Senior Leaving Certificate Examination (including Day School Certificate (Higher) General paper), 1949
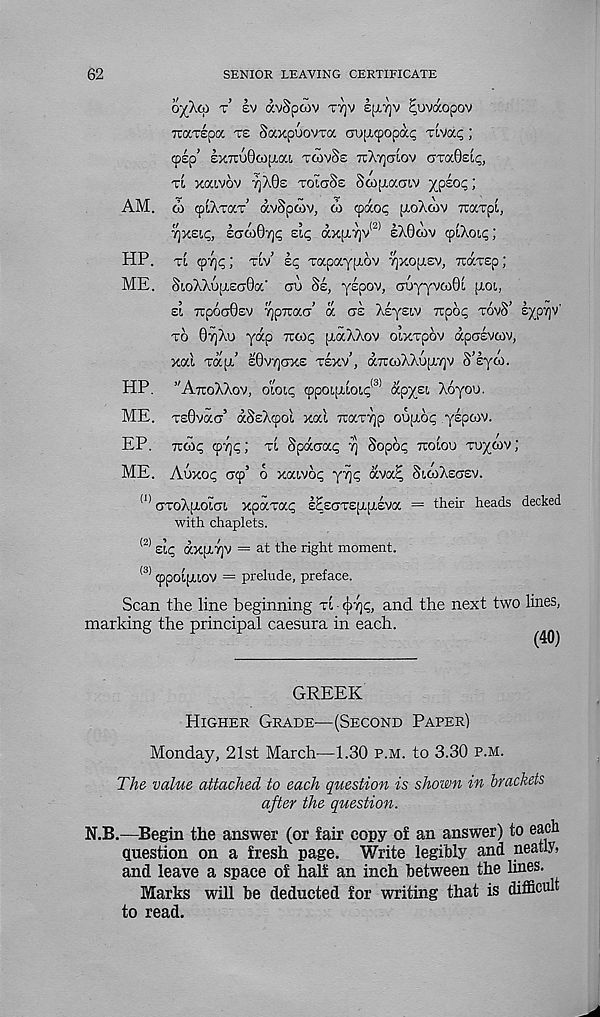
62
SENIOR LEAVING CERTIFICATE
oy/Tii t’ Iv avSpoiv ttjv £[xrjv ^uvaopov
Tuavepa ts Saxpuovra aoptqiopap Tivocp;
(pep’ sxTiuOcopiat, tgivSe tcAtjotov cmBeip,
ti xaivov 7]X0b TOicrSs SwpiacrLV ypsop;
AM. 6i cpiXTav’ dvSpoiv, to cpdop pioXoiv Trarpi,
^xsip, IcrcoBrjp sip dx[L7]v (2) eXOwv cpiXoip;
HP. ti cpT]p; tiv’ Ip rapaypiov ^xopisv, Ttarsp;
ME. SioXXupLEcOoc" go Se, yspov, GoyyvoiOi ixol,
Et 7rp6a0£V TjpTCaG’ oc as Xlysiv Ttpop tovS’ EypTjv'
to 07]Xo yap Trcop ixaXXov oiXTpov dpalvcov,
xai Tapi’ e0V7)gxe texv’, dTtwXXoix'/jv S’lyai.
HP. ’’AttoXXov, oioip cppoi[xioip <3> dpysi Xoyou.
ME. T£0vaG 5 dSsXipoi xal TcaT7]p oopiop yspwv.
EP. Ticop cpyjp; ti Spdaap 7] Sopop ttoiou Tuycov;
ME. Auxop acp’ 6 xaivop y^p dvac; SicoXegev.
(1) GToXpioiGi xpaTap lEsGTSpipiEva = their heads decked
with chaplets.
(2) Eip dxpiTjV = at the right moment.
<3) (ppoipuov = prelude, preface.
Scan the line beginning ti - cp'/jp, and the next two lines,
(40)
marking the principal caesura in each.
GREEK
Higher Grade—(Second Paper)
Monday, 21st March—1.30 p.m. to 3.30 p.m.
The value attached to each question is shown in brackets
after the question.
N.B.—Begin the answer (or fair copy of an answer) to each
question on a fresh page. Write legibly and neatly,
and leave a space of half an inch between the lines.
Marks will be deducted for writing that is difficult
to read.